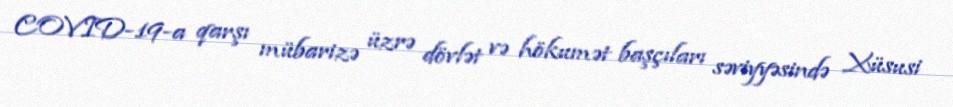
COVID-19-a qarşı mübarizə üzrə dövlət və hökumət başçıları səviyyəsində Xüsusi